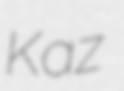
Kaz